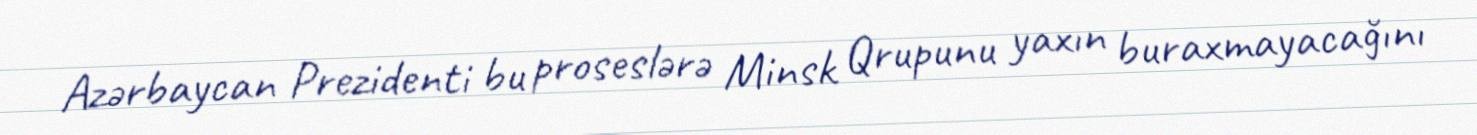
Azərbaycan Prezidenti bu proseslərə Minsk Qrupunu yaxın buraxmayacağını